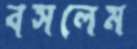
বসলেম